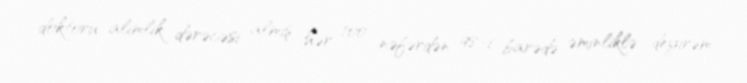
doktoru alimlik dərəcəsi almış hər 100 nəfərdən 98-i barədə əminliklə deyirəm.